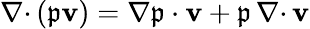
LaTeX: {{\nabla\cdot}\, }(\mathfrak{p}{\mathbf{v}})=\nabla\mathfrak{p}\cdot{\mathbf{v}}+\mathfrak{p}\, {{\nabla\cdot}\, }{\mathbf{v}}